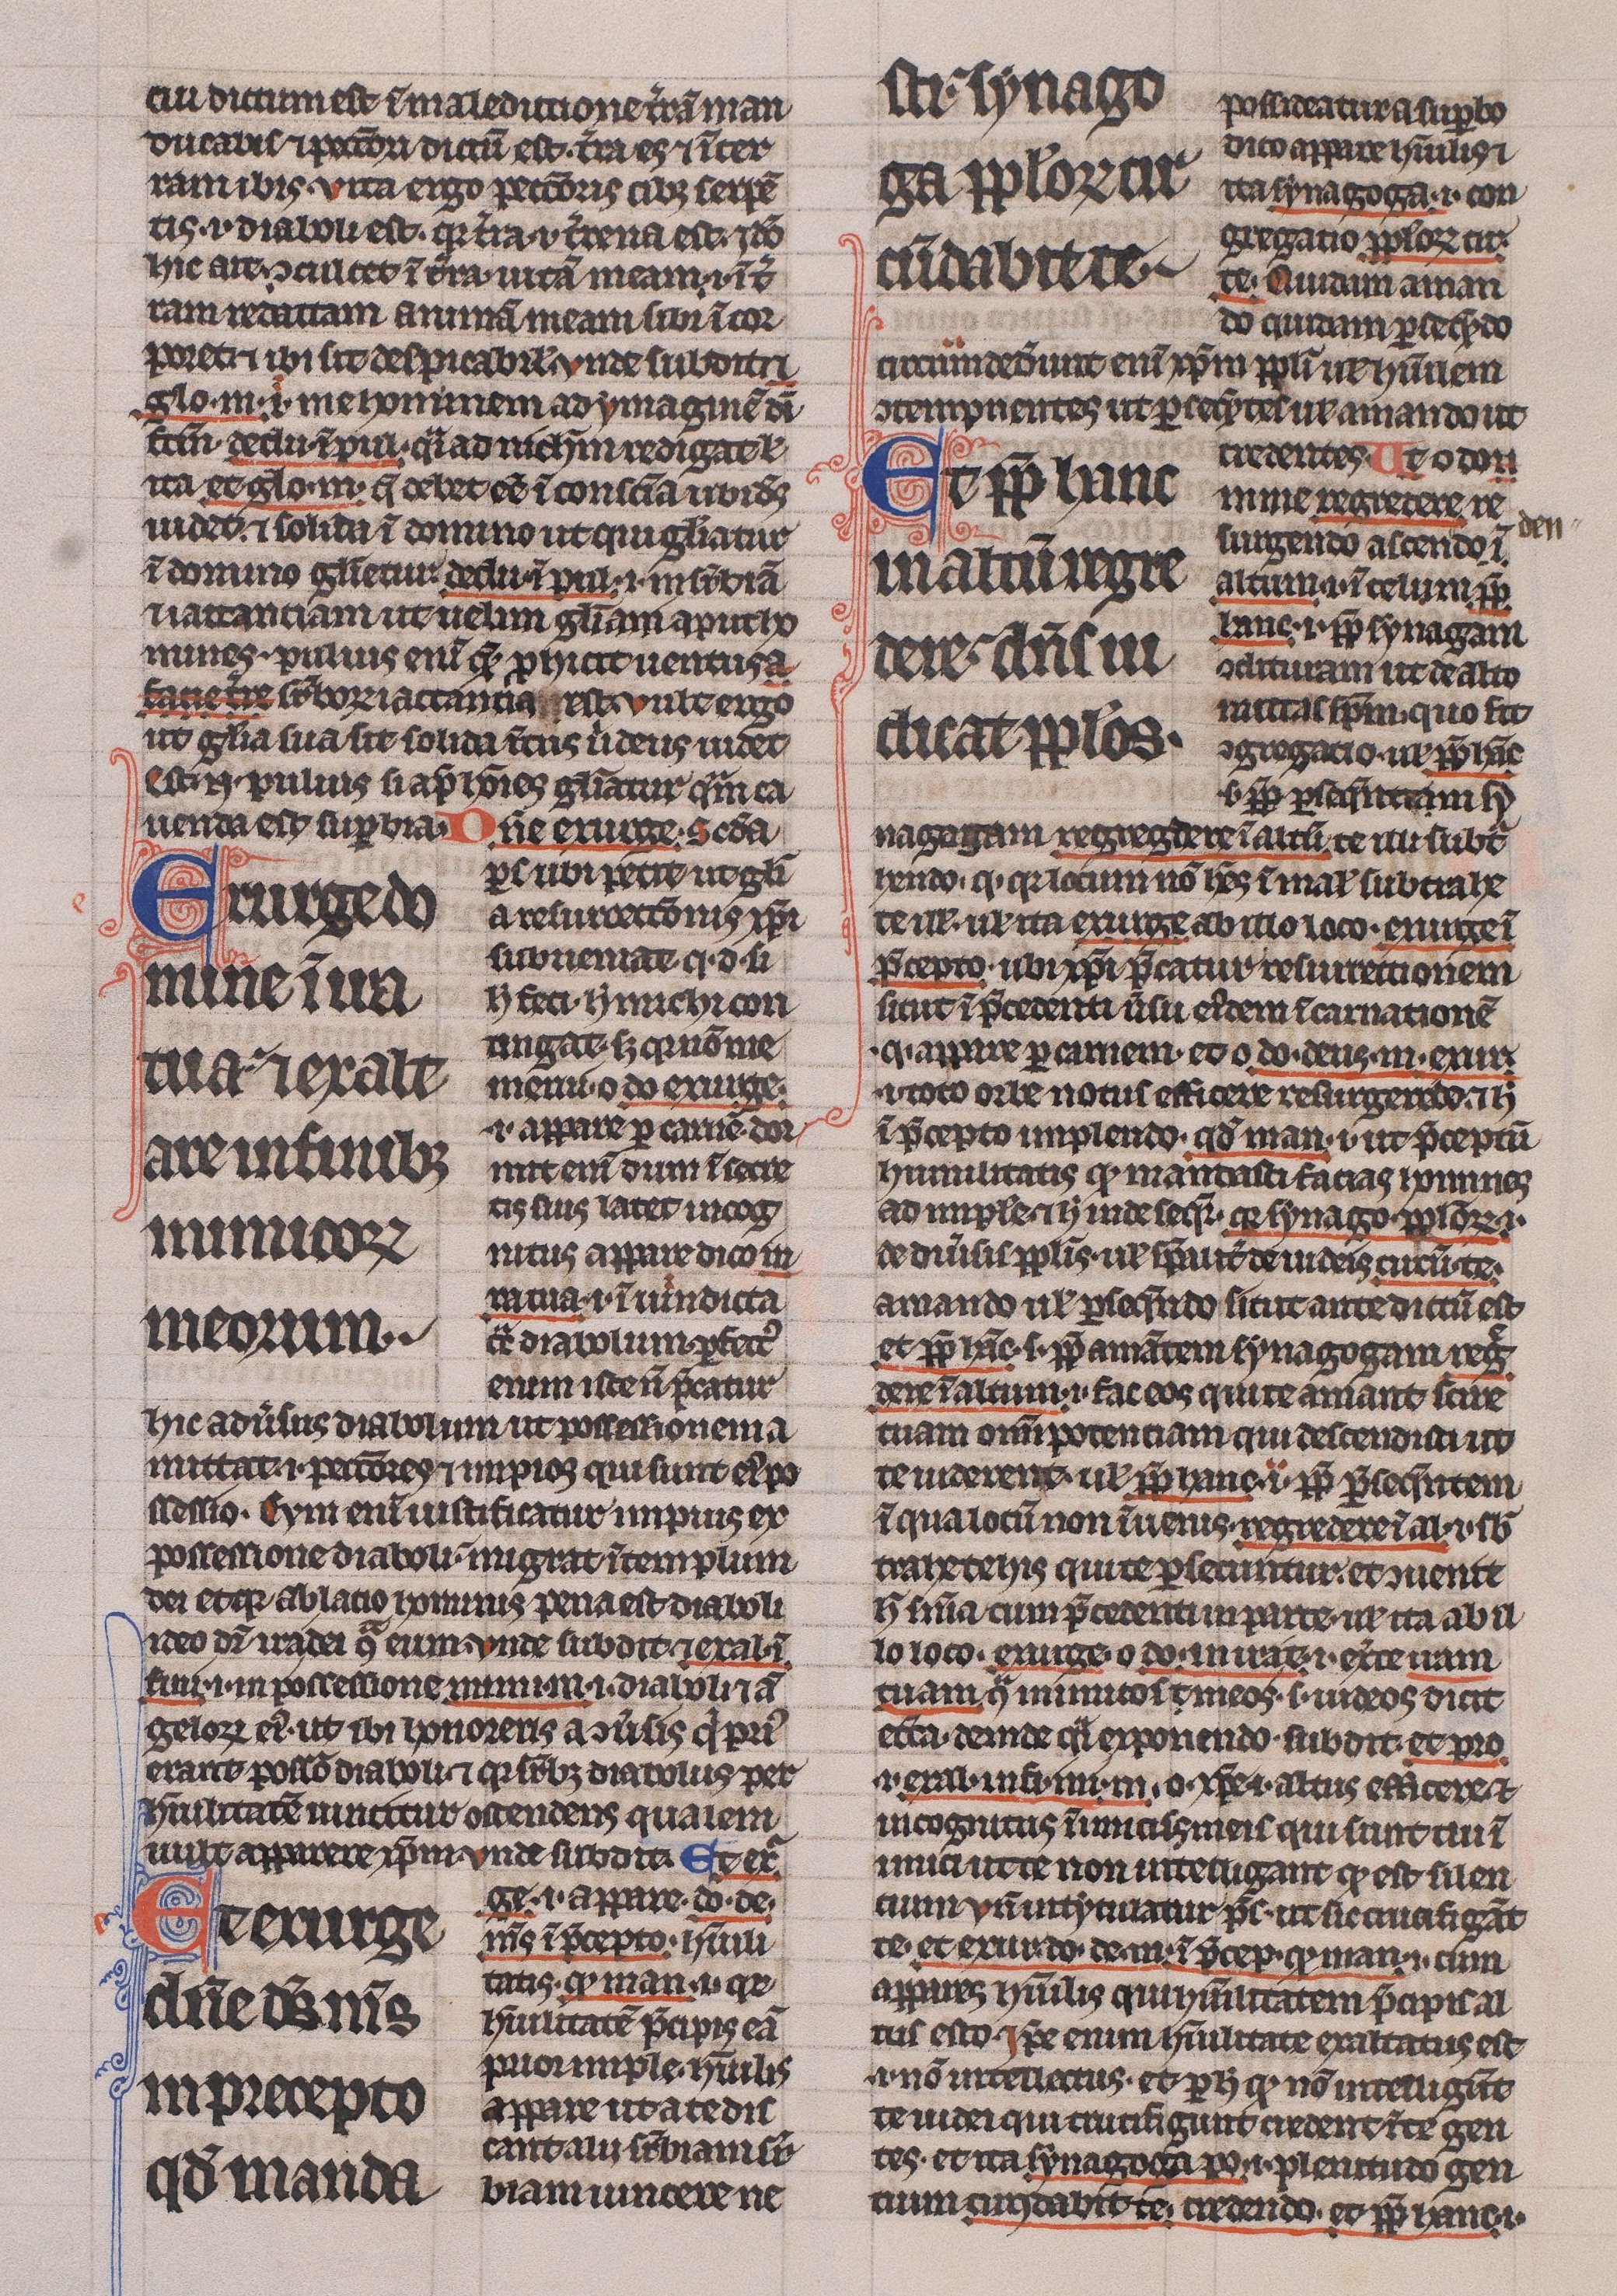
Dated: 1225–1250